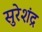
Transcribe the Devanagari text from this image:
सुरेशंद्र